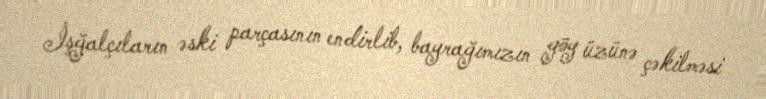
İşğalçıların əski parçasının endirlib, bayrağımızın göy üzünə çəkilməsi